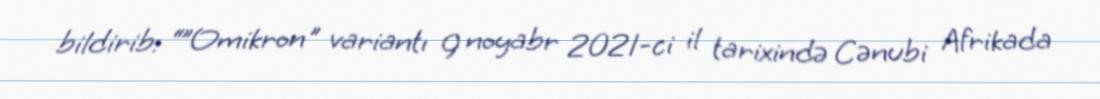
bildirib: “”Omikron" variantı 9 noyabr 2021-ci il tarixində Cənubi Afrikada